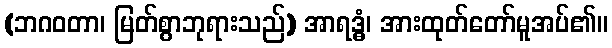
(ဘဂဝတာ၊ မြတ်စွာဘုရားသည်) အာရဒ္ဓံ၊ အားထုတ်တော်မူအပ်၏။